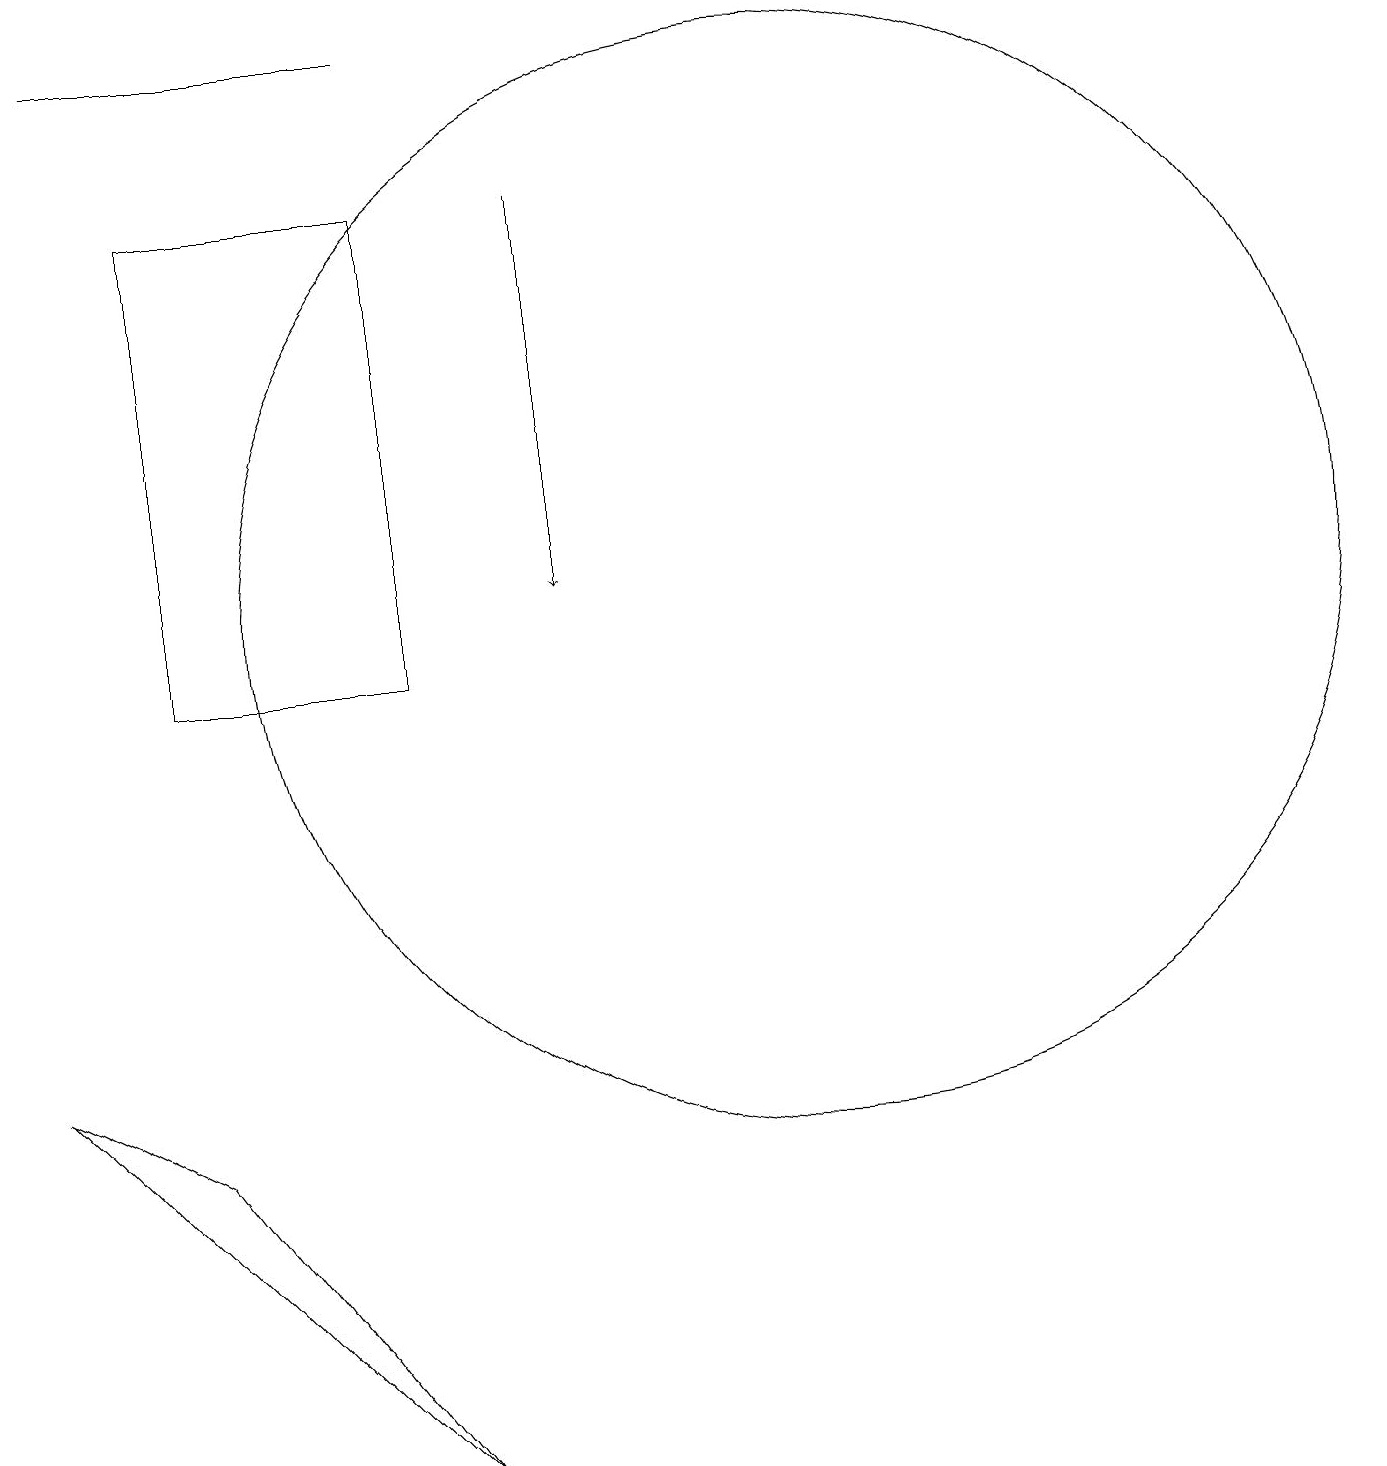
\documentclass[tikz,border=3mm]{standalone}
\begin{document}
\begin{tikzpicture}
\draw (11,10) circle (0);
\draw (0,6) -- (2,5) -- (5,1) -- cycle;
\draw[->] (7,17) -- (7,12);
\draw (10,12) circle (7);
\draw (1,19) rectangle (5,19);
\draw (5,11) rectangle (2,17);
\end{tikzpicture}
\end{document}